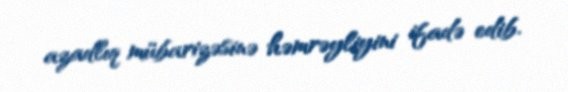
azadlıq mübarizəsinə həmrəyliyini ifadə edib.